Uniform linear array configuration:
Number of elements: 64
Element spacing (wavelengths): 0.5
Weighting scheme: kaiser
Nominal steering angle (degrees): -15
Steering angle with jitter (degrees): -14.679
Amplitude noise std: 0.05
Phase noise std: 0.05

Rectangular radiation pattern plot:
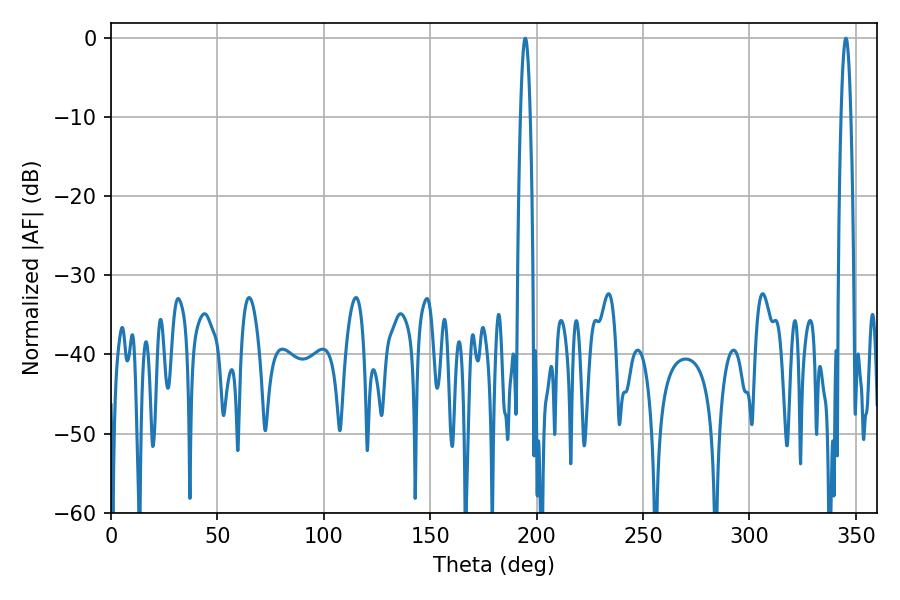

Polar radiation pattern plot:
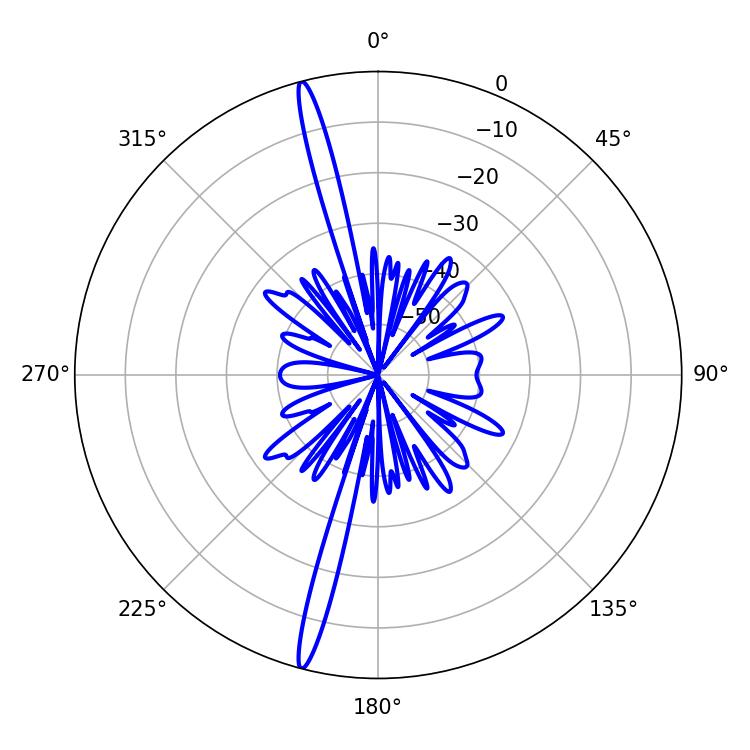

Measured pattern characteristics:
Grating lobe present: FALSE
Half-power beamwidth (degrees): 2.34
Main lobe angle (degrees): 345.24